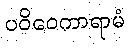
ပဝိဝေကာရာမံ